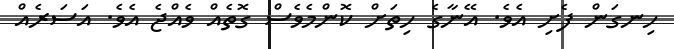
ހިނގަން ފެށި އެވެ. އޭނާގެ ހިތަށް ކޮންމެވެސް ގޮތެއް ވެއްޖެ އެވެ. އަސަރެއް